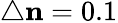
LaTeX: \triangle\mathbf{n}=0.1